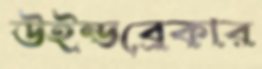
উইন্ডব্রেকার